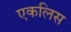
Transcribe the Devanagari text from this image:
एकलिस